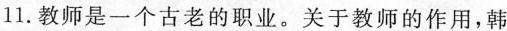
11.教师是一个古老的职业。关于教师的作用，韩